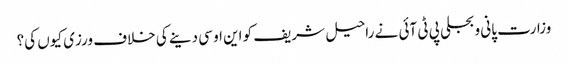
وزارت پانی و بجلی پی ٹی آئی نے راحیل شریف کو این او سی دینے کی خلاف ورزی کیوں کی؟